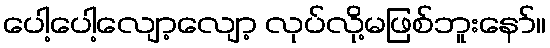
ပေါ့ပေါ့လျော့လျော့ လုပ်လို့မဖြစ်ဘူးနော်။